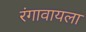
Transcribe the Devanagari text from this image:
रंगावायला